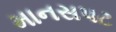
માનસપટ